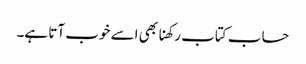
حساب کتاب رکھنا بھی اسے خوب آتا ہے۔